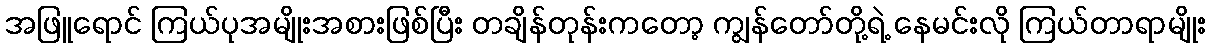
အဖြူရောင် ကြယ်ပုအမျိုးအစားဖြစ်ပြီး တချိန်တုန်းကတော့ ကျွန်တော်တို့ရဲ့ နေမင်းလို ကြယ်တာရာမျိုး